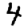
Digit: 4